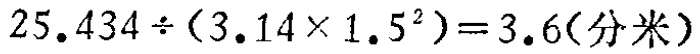
\(25.434\div(3.14\times1.5^{2}) = 3.6(\text{分米})\)